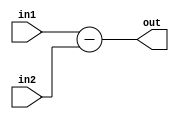
`define BIT 8

module SUBTRACTOR (out, in1, in2);
	output reg [`BIT-1:0] out;
	input [`BIT-1:0] in1, in2;
	
	always@(*) begin
		out = in1-in2;
	end
endmodule